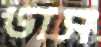
ডাস